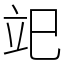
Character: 䇃